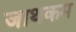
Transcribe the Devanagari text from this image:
जाथकम